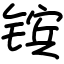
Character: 镔